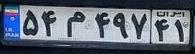
۵۴م۴۹۷۴۱